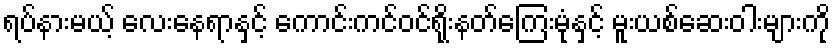
ရပ်နားမယ့် လေးနေရာနှင့် ကောင်းကင်ဝင်ရိုးနတ်ကြေးမုံနှင့် မူးယစ်ဆေးဝါးများကို